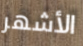
الأشهر